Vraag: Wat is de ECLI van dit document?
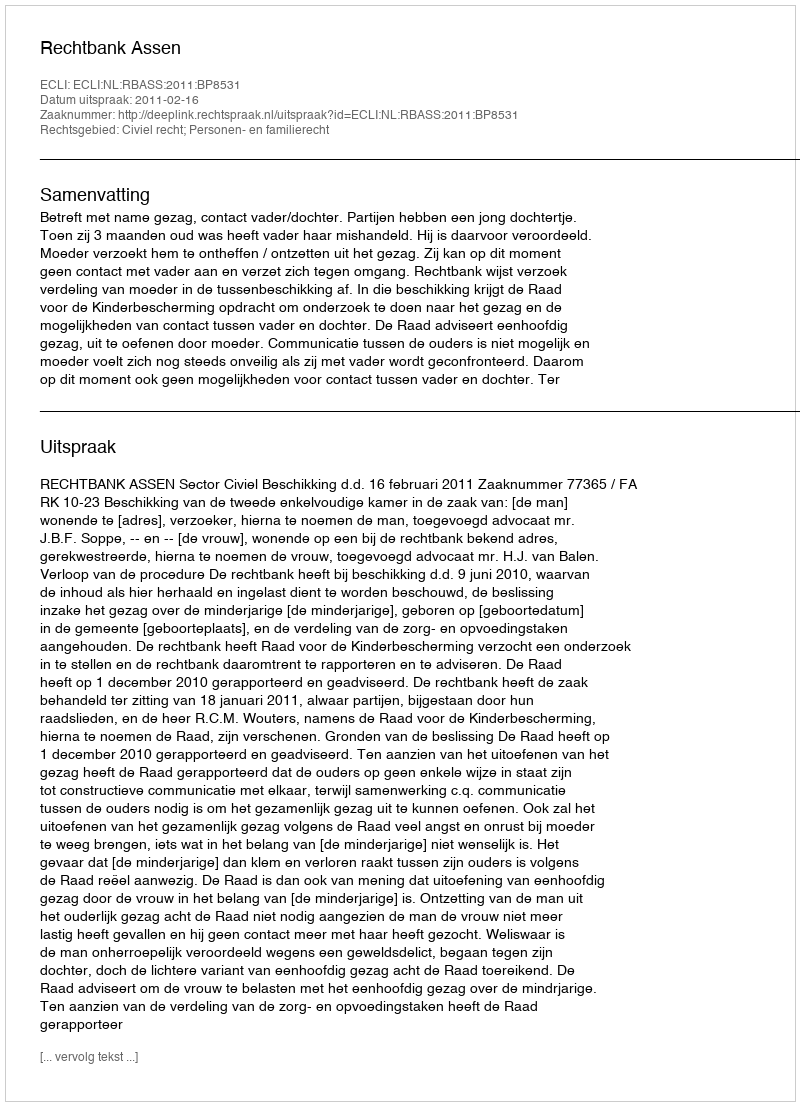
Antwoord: ECLI:NL:RBASS:2011:BP8531